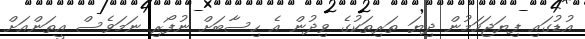
އުޑުގައި ފިޔަޖަހަމުން ދިޔަ ތަރިތަކުގެ ވިދުން އެ ހިސާބަށް ނުފޯރި ނަމަވެސް އީތަންއަށް